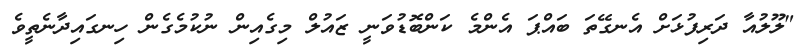
"ލޫލުއާ ދަރިފުޅަށް އެނގޭތަ ބައްޕަ އެންމެ ކަންބޮޑުވަނީ ޒައުލް މިގެއިން ނުކުމެގެން ހިނގައިދާނެތީވެ